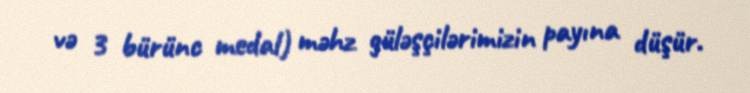
və 3 bürünc medal) məhz güləşçilərimizin payına düşür.